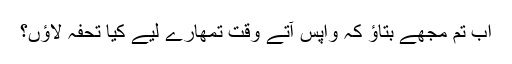
اب تم مجھے بتاؤ کہ واپس آتے وقت تمھارے لیے کیا تحفہ لاؤں؟